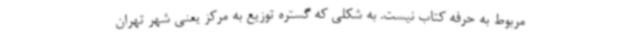
مربوط به حرفه کتاب نیست. به شکلی که گستره توزیع به مرکز یعنی شهر تهران